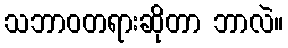
သဘာဝတရားဆိုတာ ဘာလဲ။